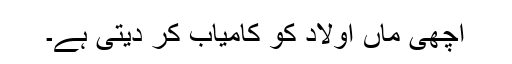
اچھی ماں اولاد کو کامیاب کر دیتی ہے۔